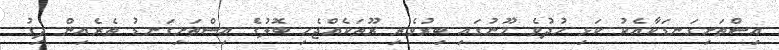
އިސްތަށިގަނޑަކާއެކު ކަޅި ހުދުވެ މޫނުގައި ބިރުވެރި ރޫތަކެއްޖެހި ބޮލުގެ އިސްތަށިގަނޑު ތެރެއިން ދިގު